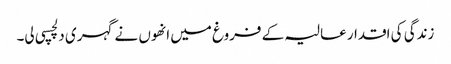
زندگی کی اقدار عالیہ کے فروغ میں انھوں نے گہری دلچسپی لی۔